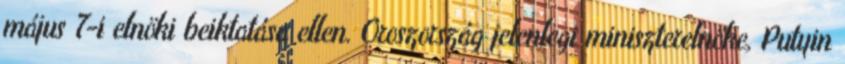
május 7-i elnöki beiktatása ellen. Oroszország jelenlegi miniszterelnöke, Putyin